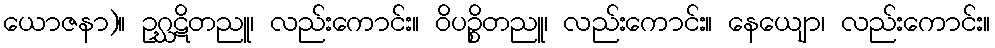
ယောဇနာ)။ ဥဂ္ဃဋိတညူ၊ လည်းကောင်း။ ဝိပဉ္စိတညူ၊ လည်းကောင်း။ နေယျော၊ လည်းကောင်း။